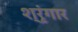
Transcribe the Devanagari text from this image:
श्रृंंगार